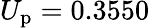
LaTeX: U_{\mathrm{p}}=0.3550